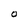
Character: O